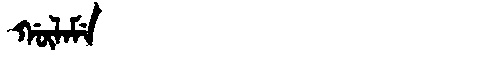
Manchu: ᡤᡡᠯᠠᠮᡝ
Romanization: GŪLAME